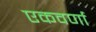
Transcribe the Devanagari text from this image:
एकवर्णा